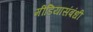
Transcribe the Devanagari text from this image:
मीडियासंबंधी